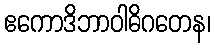
ဧကောဒိဘာဝါဓိဂတေန၊